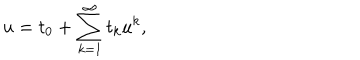
u = t _ { 0 } + \sum _ { k = 1 } ^ { \infty } t _ { k } u ^ { k } ,